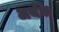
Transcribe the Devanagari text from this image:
अर्थके